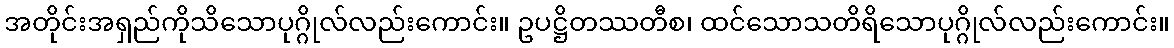
အတိုင်းအရှည်ကိုသိသောပုဂ္ဂိုလ်လည်းကောင်း။ ဥပဋ္ဌိတဿတီစ၊ ထင်သောသတိရိသောပုဂ္ဂိုလ်လည်းကောင်း။